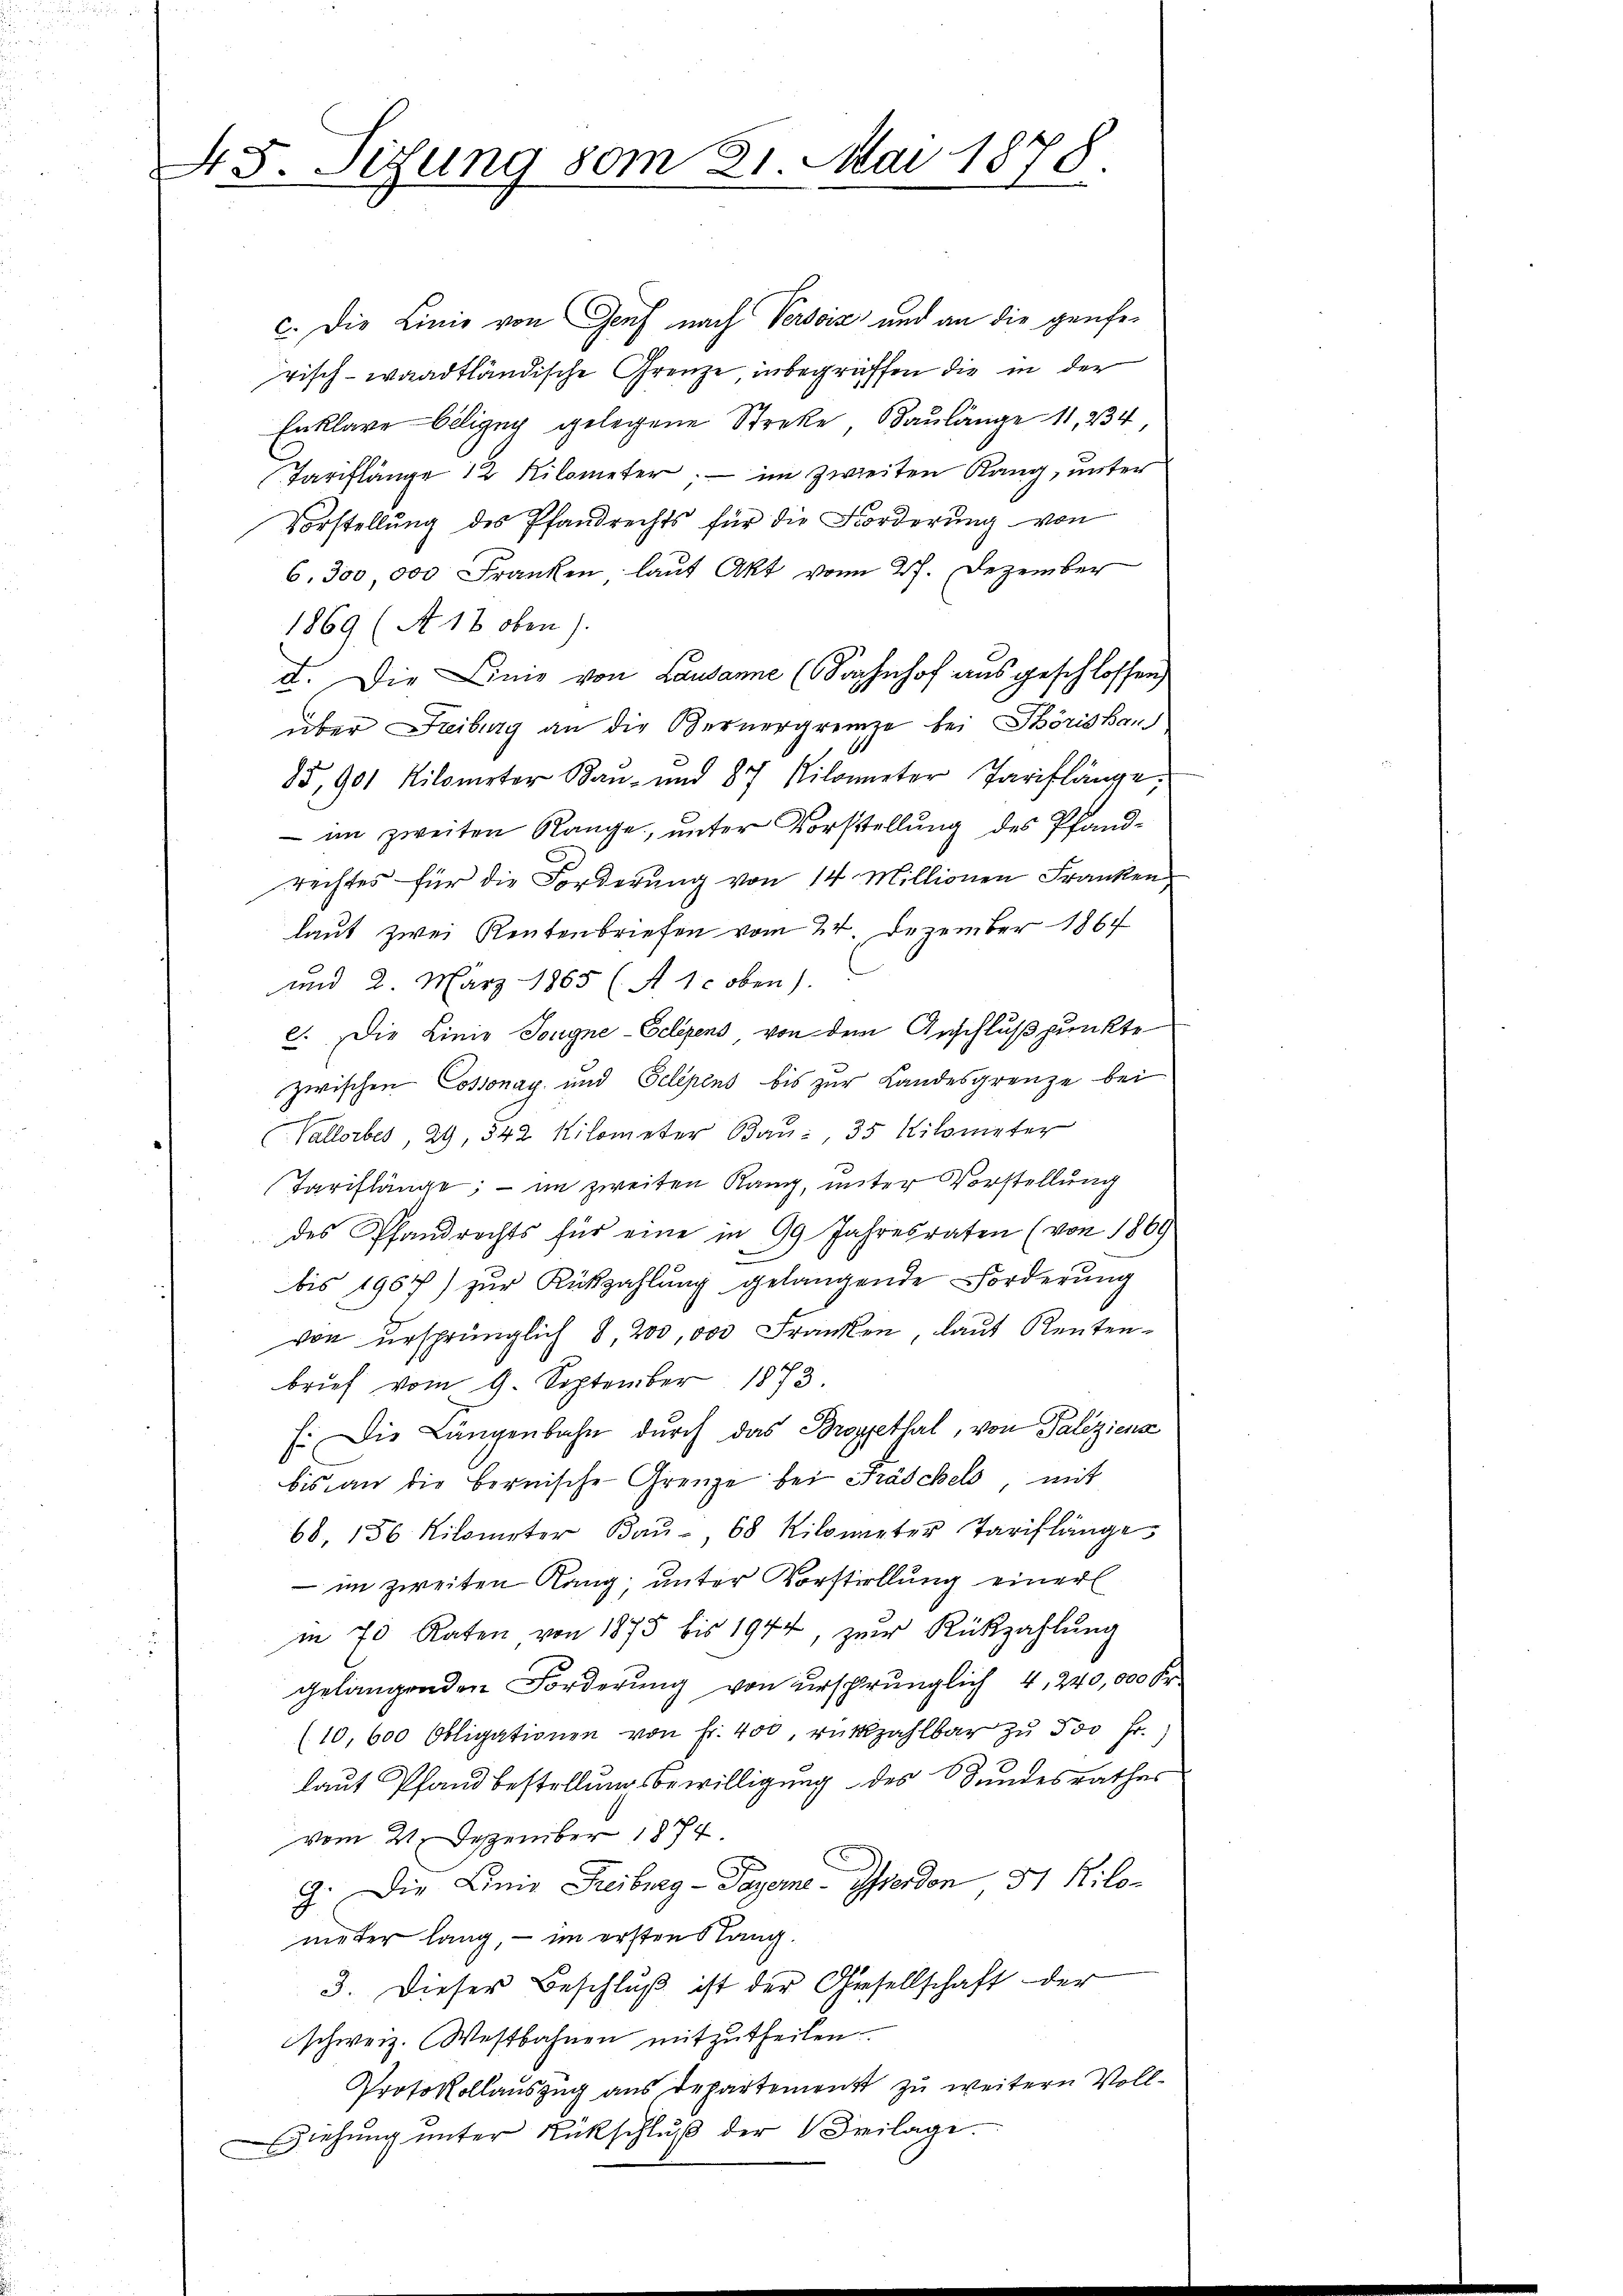
48. Sitzung vom 31. Mai 1878.

c. Die Linie von Genf nach Versoiz und an die genferisch-waadtländische Grenze inbegriffen die in der
Enklare Seligny gelegene Streke Baulänge 11, 234
Tariflänge 12 Kilometer. — im zweiten Rang, unter
Vorstellung des Pfandrechts für die Forderung von
6. 300 000 Franken laut Akt vom 27. Dezember
1869 (A 12 oben).
d. Die Linie von Lausanne (achnhof ausgeschlossen
über Freiburg an die Bernergrenze bei Törishau
85, 901 Kilometer Bau- und 87 Kilometer Pariflänge,
 im zweiten Range, unter Vorstellung des Pfandrechtes für die Forderung von 14 Millionen Franken
laut zwei Rentenbriefen vom 24. Dezember 1864
und 2. März 1865 (A 1. oben).
e. Die Linie Tongne-Ecliens von dem Anschlußpunkte
zwischen Cossonay und Selépens bis zur Landesgrenze bei
Vallorbes, 29, 342 Kilometer Bau, 35 Kilometer
Tariflänge; — im zweiten Rang, unter Vorstellung
des Pfandrechts für eine in 99 Jahresraten (von 1869
bis 1967) zŭr Rückzahlung gelangende Forderung
von ursprünglich 8, 200,000 Franken, laut Rentenbrief vom 9. September 1873.
E. Die Längenbahn durch das Bropfethal, von Paliziens
bis an die bernische Grenze bei Fräschels mit
68, 156 Kilometer Baŭ- 68 Kilometer Tariflänge
 im zweiten Rang unter Vorstellung einer
in 70 Raten von 1875 bis 1944, zur Rückzahlung
gelangenden Forderung von ursprünglich 4, 240,000 Fr
(10,600 Obligationen von Fr. 400, rükzahlbar zŭ 500 Fr.)
laut Pfandbestellungsbewilligung des Bundesrathes
vom 21. Dezember 1874
G. Die Linie Freiburg - Payerne-Pferden, 31 Kilo-
nieter lang, – im erstens lang¬
3. Dieser Beschlŭβ ist der Gesellschaft der
schweiz. Westbahnen mitzutheilen.
Protokollauszug aus departement zu weitern Voll¬
Ziehŭng ŭnter Rückschlŭβ der Freilage.